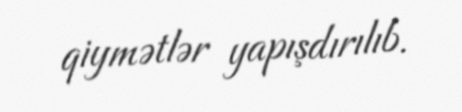
qiymətlər yapışdırılıb.